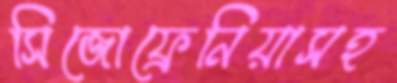
সিজোফ্রেনিয়াসহ